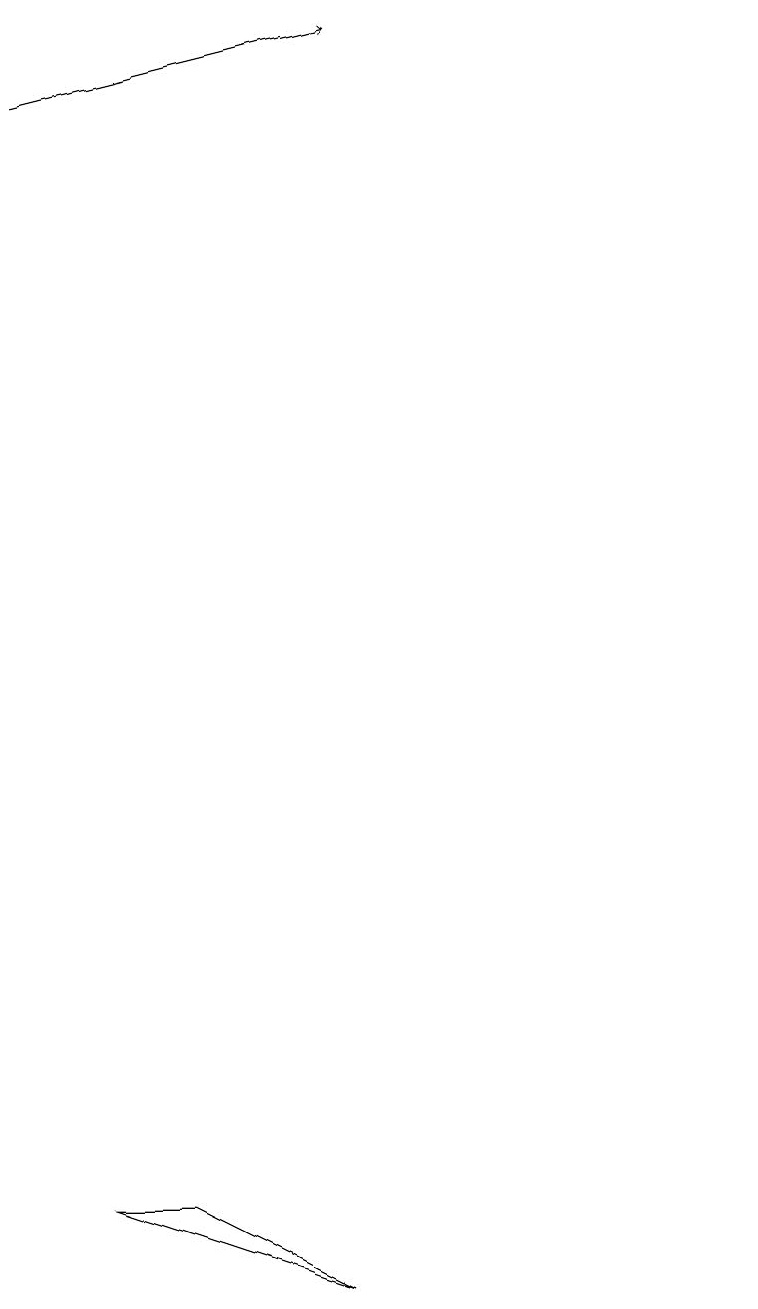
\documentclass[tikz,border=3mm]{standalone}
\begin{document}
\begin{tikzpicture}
\draw (11,12) circle (0);
\draw (6,1) -- (3,2) -- (4,2) -- cycle;
\draw[->] (2,16) -- (6,17);
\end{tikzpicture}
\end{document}